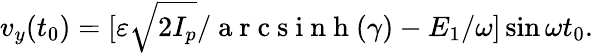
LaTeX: v_{y}(t_{0})=[\varepsilon\sqrt{2I_{p}}/\mathrm{~a~r~c~s~i~n~h~}(\gamma)-E_{1}/\omega]\sin\omega t_{0}.